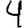
Digit: 4